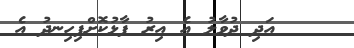
٣    އަދި ދުވާލު އެ އިރު ފާޅުކޮށްފިހިނދު އެ